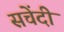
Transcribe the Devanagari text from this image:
सचेंदी